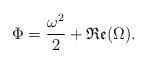
LaTeX: \begin{align*}\Phi=\frac{\omega^{2}}{2}+\mathfrak{Re}(\Omega).\end{align*}